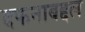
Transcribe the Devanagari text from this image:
दफनाबद्दल